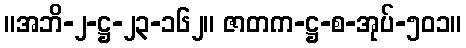
။အဘိ-၂-ဋ္ဌ-၂၃-၁၆၂။ ဇာတက-ဋ္ဌ-စ-အုပ်-၅၀၁။